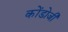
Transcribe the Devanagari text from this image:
कोंडोजी